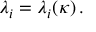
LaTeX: \lambda _ { i } = \lambda _ { i } ( \kappa ) \, .